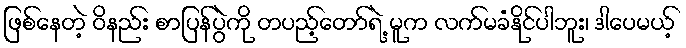
ဖြစ်နေတဲ့ ဝိနည်း စာပြန်ပွဲကို တပည့်တော်ရဲ့ မူက လက်မခံနိုင်ပါဘူး၊ ဒါပေမယ့်